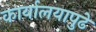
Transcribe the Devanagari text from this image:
कार्यालयापुढे